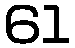
61